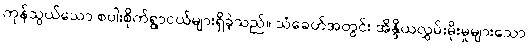
ကုန်သွယ်သော စပါးစိုက်ရွာငယ်များရှိခဲ့သည်။ သံခေတ်အတွင်း အိန္ဒိယလွှမ်းမိုးမှုများသော